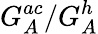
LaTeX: G_{A}^{ac}/G_{A}^{h}